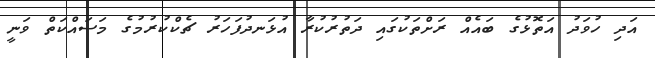
އަދި ހުވަދު އަތޮޅުގެ ބައެއް ރަށްތަކުގައި ދަތުރުކުރާ އުޅަނދުފަހަރު ޗެކްކުރުމުގެ މަސައްކަތް ވަނީ